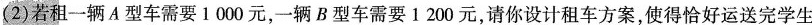
(2)若租一辆A型车需要1000元，一辆B型车需要1200元，请你设计租车方案，使得恰好运送完学生